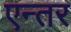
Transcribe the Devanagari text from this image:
एन्तर